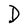
Character: D